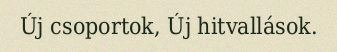
Új csoportok, Új hitvallások.